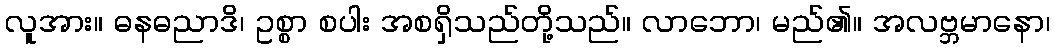
လူအား။ ဓနဓညာဒိ၊ ဥစ္စာ စပါး အစရှိသည်တို့သည်။ လာဘော၊ မည်၏။ အလဗ္ဘမာနော၊